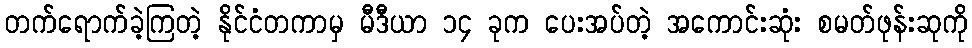
တက်ရောက်ခဲ့ကြတဲ့ နိုင်ငံတကာမှ မီဒီယာ ၁၄ ခုက ပေးအပ်တဲ့ အကောင်းဆုံး စမတ်ဖုန်းဆုကို